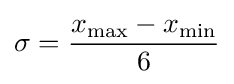
\sigma ={\frac {x_{\text{max}}-x_{\text{min}}}{6}}